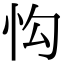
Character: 𢗕